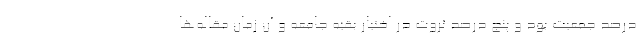
درصد جمعیت بود و پنج درصد ثروت در اختیار بقیه جامعه و آن زمان مقاله‌ها